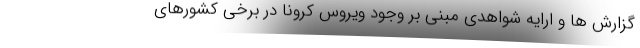
گزارش ها و ارایه شواهدی مبنی بر وجود ویروس کرونا در برخی کشورهای